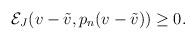
LaTeX: \begin{align*} \begin{aligned} \mathcal{E}_J(v-\Tilde{v},p_n(v-\Tilde{v}))\geq 0. \end{aligned} \end{align*}